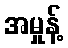
အမှုန့်